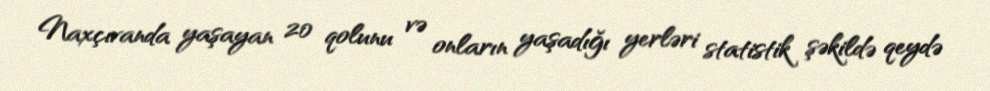
Naxçıvanda yaşayan 20 qolunu və onların yaşadığı yerləri statistik şəkildə qeydə